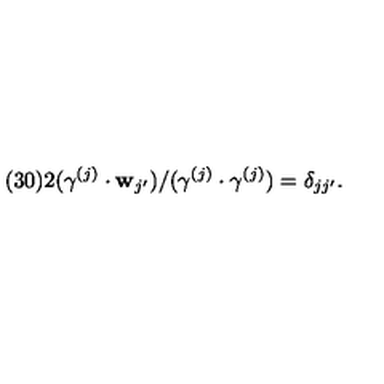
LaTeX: ( 3 0 ) 2 ( \gamma ^ { ( j ) } \cdot { \bf w } _ { j ^ { \prime } } ) / ( \gamma ^ { ( j ) } \cdot \gamma ^ { ( j ) } ) = \delta _ { j j ^ { \prime } } .